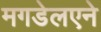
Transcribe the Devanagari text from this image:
मगडेलएने